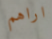
اراهم